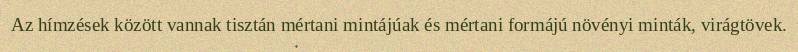
Az hímzések között vannak tisztán mértani mintájúak és mértani formájú növényi minták, virágtövek.